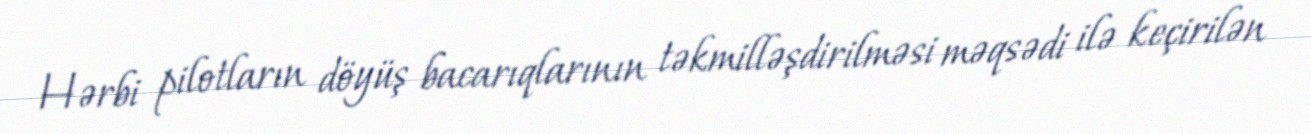
Hərbi pilotların döyüş bacarıqlarının təkmilləşdirilməsi məqsədi ilə keçirilən